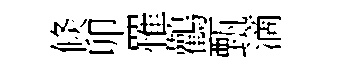
倐卯罹鸛甄滴